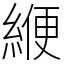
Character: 緶